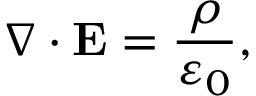
\nabla \cdot { \bf { E } } = \frac { \rho } { { { \varepsilon _ { 0 } } } } ,